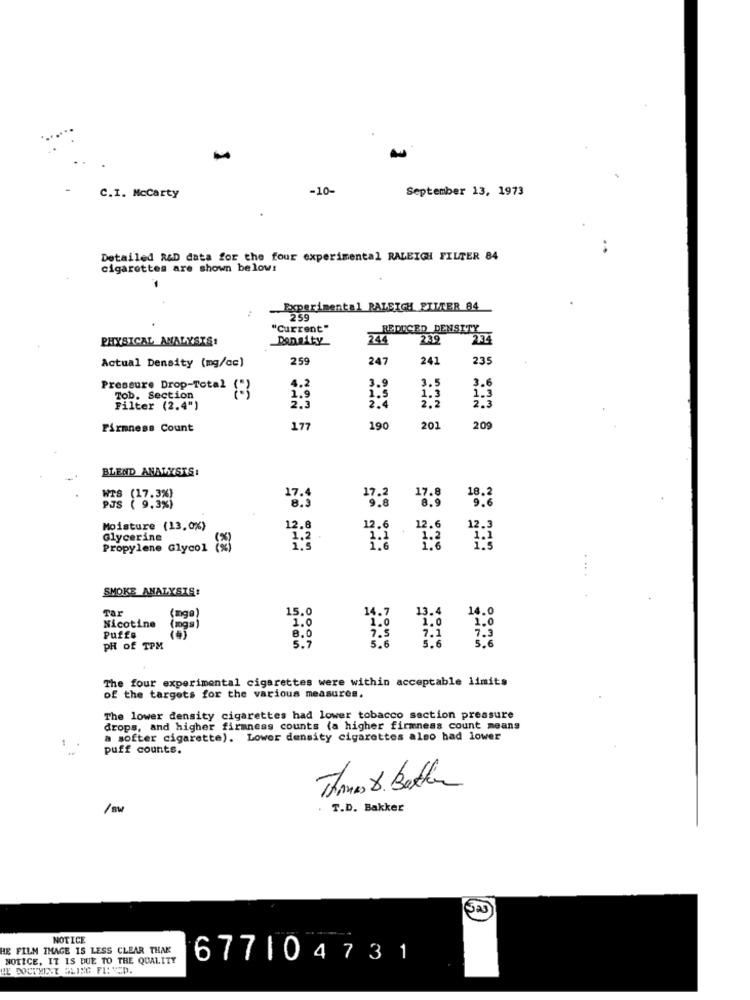
-10-
September 13, 1973
C.I. Mccarty
Detailed R&D data for the four experimental RALEIGH FILTER 84
cigarettes are shown below:
Experimental RALEIGH EIMER 84
259
"Current"
REDUCED DENSITY
PHYSICAL ANALYSTS:
Density
244
2.32
234
259
247
241
235
Actual Density (mg/ce)
Pressure Drop-Total
3.9
3.
3.6
Tob. Section
1.9
1.5
2.4
1.3
Filter (2.4")
Firmness Count
177
190
201
209
BLEND ANALYSTS:
18.2
17.4
17.2
8.9
PJS ( 9,3%)
8.5
9.
Moisture (13,0%)
12.8
12.6
12.6
12.3
Glycerine
Propylene Glycol &
SMOKE ANALYSIS:
Tar
15.0
14.7
13.4
1.0
Nicotine
Puffs
8.0
PH of TPM
The four experimental cigarettes were within acceptable limits
of the targets for the various measures.
The lower density cigarettes had lower tobacco section pressure
drops, and higher firmness counts (a higher firmness count means
a softer cigarette). Lower density cigarettes also had lower
puff counts.
Thomas & Bethere
/Bw
T.D. Bakker
NOTICE
HE FILM IMAGE IS LESS CLEAR THAK
NOTICE, IT IS DUE TO THE QUALITY
677104731